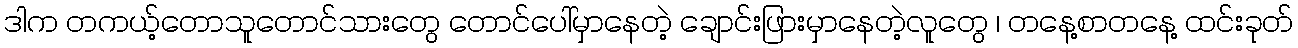
ဒါက တကယ့်တောသူတောင်သားတွေ တောင်ပေါ်မှာနေတဲ့ ချောင်းဖြားမှာနေတဲ့လူတွေ ၊ တနေ့စာတနေ့ ထင်းခုတ်